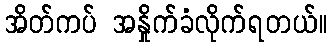
အိတ်ကပ် အနှိုက်ခံလိုက်ရတယ်။